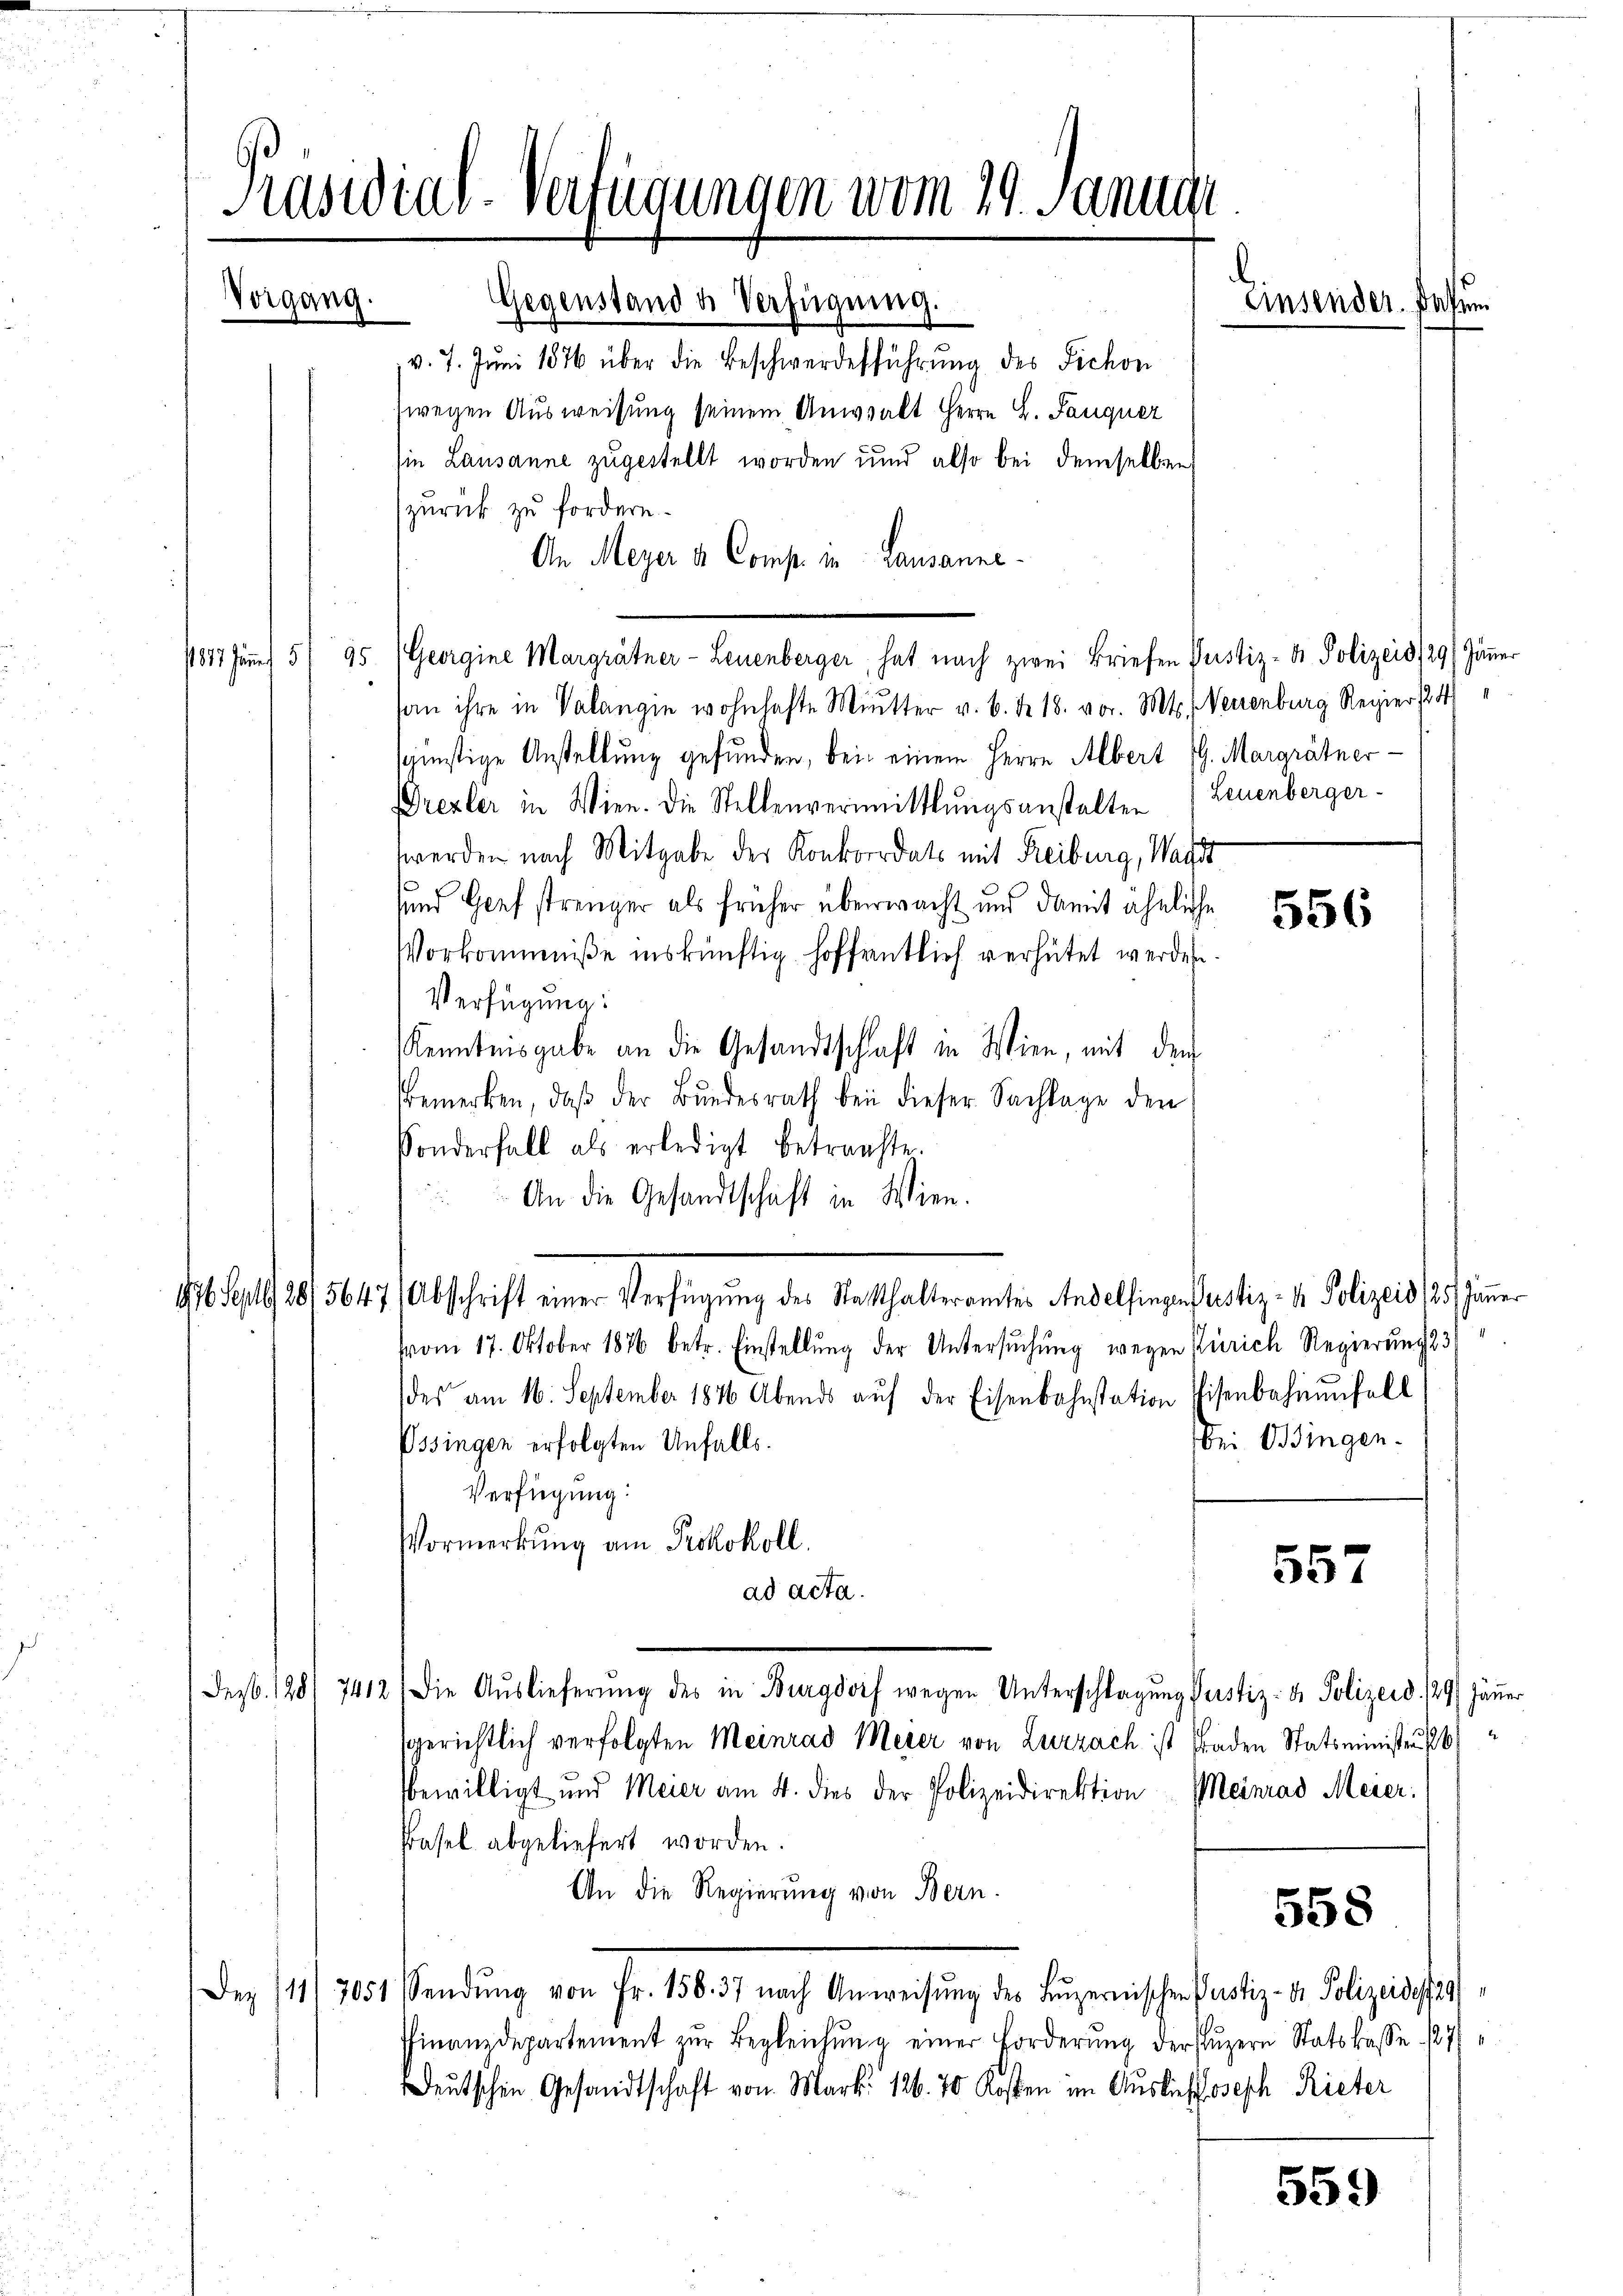
Präsidial-Verfügungen vom 19. Janua
Vorgang.
Gegenstand u. Verfügung.

v. 7. Juni 1876 über die Beschwerdeführŭng des Fichon
fwegen Ausweisung seinem Unwinkt Herrn L. Sanquer
sie Lausanne zugestellt worden und also bei demselben
zurück zu fordern.
An Meyer a Comp. in Lausanne¬
1817 fŭnnh 5/95 Georgine Margrätner-Leuenberger, hat nach zwei Briefen Pustiz- & Polizeid 29 Jänner
an ihre in Volangin wohnhafte Mutter v. 6. d. 18. vor. Mts., Neuenburg Regiert
srüstige Anstellung gefunden, bei einem Herrn Albert 9. Margrätner-
Drexler in Wien. Die Stellenvermittlungsanstalten (Leuenberger-
werden nach Mitgabe der Konkordats mit Freiburg, Wagdt
uund Genf strenger als früher überwacht und damit ähnliche
Vorkommniße inskünftig hoffentlich verhütet werden.
Verfügung:
Kenntnisgabe an die Gesandtschaft in Wien, mit den
Bemerken, daβ der Bŭndesrath bei dieser Sachlage den
Sonderfall als erledigt betrachte.
An die Gesandtschaft in Wien.
476 Sept. 2815647 Abschrift einer Verfügung des Statthalteramtes Andelfingen Justiz- & Polizeis 125. Jänner
vom 17. Oktober 1876 betr. Einstellung der Untersuchung wegen Zürich Regierung 33
des am 16. September 1846 Abends aŭf der Eisenbahnstation Visenbahnenfell
bei Bingen.
Ossingen erfolgten Unfalls.
Verfügung:
Vormerkung am Protokoll.
557
ad acta.
Desb. 128/ 7412 die Aŭslieferŭng des in Burgdorf wegen Unterschlagung Justiz- & Polizeid. 129 Jänner
sgerichtlich verfolgten Meinrad Meier von Zurzach ist Baden Statsminister
bewilligt und Meier am 4. dies der Polizeidirektion Meinrad Meier.
Pasel abgeliefert worden.
An die Regierung von Bern.
558
Dez 111 7051 Sendŭng von Fr. 158. 37 nach Anweisŭng des Lŭzernischen Pustiz- & Polizeide.29)
finanzdepartement zŭr Begleichŭng einer Forderung der Luzern Statskasse 1877
eŭtschen Gesandtschaft von Mark. 126. 70 Kosten im Ausliefoseph Rieter
559

Einsender. Dahun

556